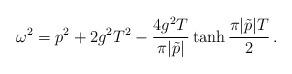
LaTeX: \begin{align*} \omega^2 = p^2 + 2g^2 T^2 - {4 g^2 T\over \pi |\tilde{p}|} \tanh{\pi |\tilde{p}| T\over 2} \, .\end{align*}